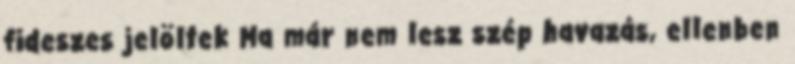
fideszes jelöltek Ma már nem lesz szép havazás, ellenben